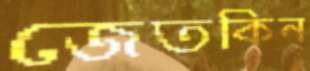
জেতকিন